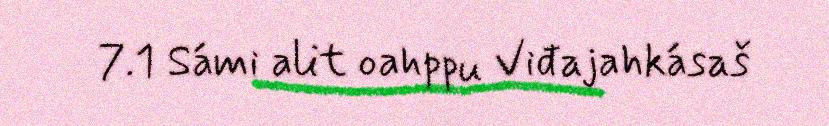
7.1 Sámi alit oahppu Viđajahkásaš